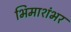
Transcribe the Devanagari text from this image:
भिमाशंभर